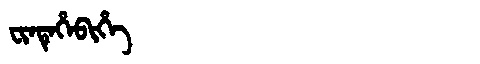
Manchu: ᠸᡳᠨᡨᡝᡥᡝᠪᡳᡥᡝ
Romanization: FINTEHEBIHE